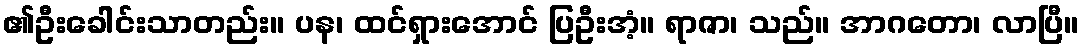
၏ဦးခေါင်းသာတည်း။ ပန၊ ထင်ရှားအောင် ပြဦးအံ့။ ရာဇာ၊ သည်။ အာဂတော၊ လာပြီ။